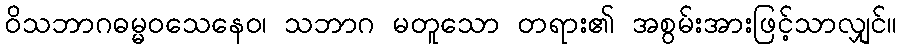
ဝိသဘာဂဓမ္မဝသေနေဝ၊ သဘာဂ မတူသော တရား၏ အစွမ်းအားဖြင့်သာလျှင်။